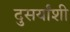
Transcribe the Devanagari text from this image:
दुसर्यांशी